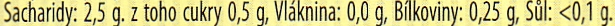
Sacharidy: 2.5 g, z toho cukry 0.5 g. VIaknina: 0,0 g. Bilkovinv: 0.25 g, Sul: <0.1 g,